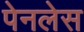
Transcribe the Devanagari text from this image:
पेनलेस